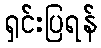
ရှင်းပြရန်